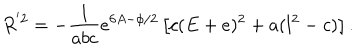
LaTeX: R ^ { ' 2 } = - \frac { 1 } { a b c } e ^ { 6 A - \phi / 2 } \left[ c ( E + e ) ^ { 2 } + a ( l ^ { 2 } - c ) \right] .